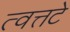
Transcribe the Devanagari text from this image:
त्वत्तटे